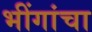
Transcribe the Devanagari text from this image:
भींगांचा